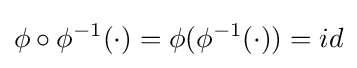
\phi \circ \phi ^{-1}(\cdot )=\phi (\phi ^{-1}(\cdot ))=id